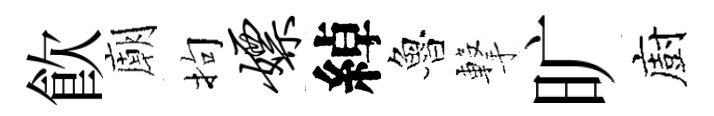
飮廟拘嫖綽魯撃旷廚